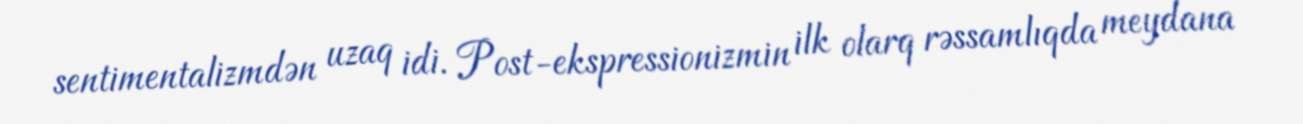
sentimentalizmdən uzaq idi. Post-ekspressionizmin ilk olarq rəssamlıqda meydana